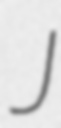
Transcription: J